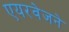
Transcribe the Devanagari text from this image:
एयरवेजने